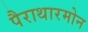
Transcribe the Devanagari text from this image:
पैराथारमोन